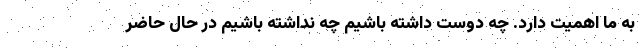
به ما اهمیت دارد. چه دوست داشته باشیم چه نداشته باشیم در حال حاضر